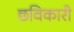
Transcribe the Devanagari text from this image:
छविकारी